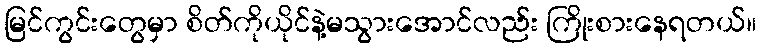
မြင်ကွင်းတွေမှာ စိတ်ကိုယိုင်နဲ့မသွားအောင်လည်း ကြိုးစားနေရတယ်။